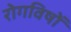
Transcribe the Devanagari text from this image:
रोगविषों